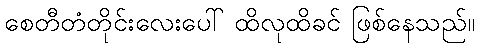
စေတီတံတိုင်းလေးပေါ် ထိလုထိခင် ဖြစ်နေသည်။